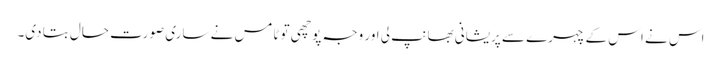
اس نے اس کے چہرے سے پریشانی بھانپ لی اور وجہ پوچھی تو ٹامس نے ساری صورت حال بتا دی۔